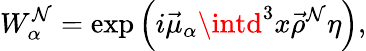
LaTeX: W_{\alpha}^{\cal\mathcal{N}}=\exp\left(i\vec{{\mu}}_{\alpha}\intd^{3}x\vec{{\rho}}^{\cal\mathcal{N}}\eta\right),